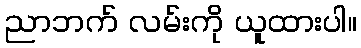
ညာဘက် လမ်းကို ယူထားပါ။